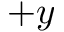
+ y